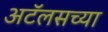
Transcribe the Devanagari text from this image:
अटॅलसच्या